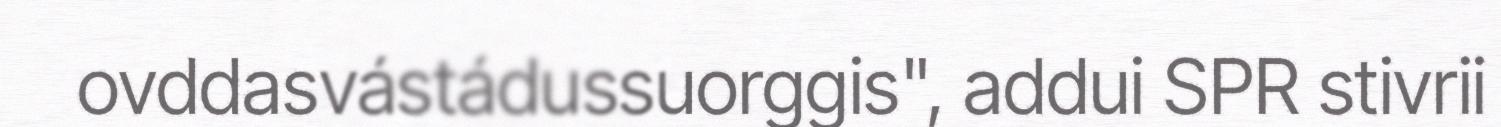
ovddasvástádussuorggis", addui SPR stivrii